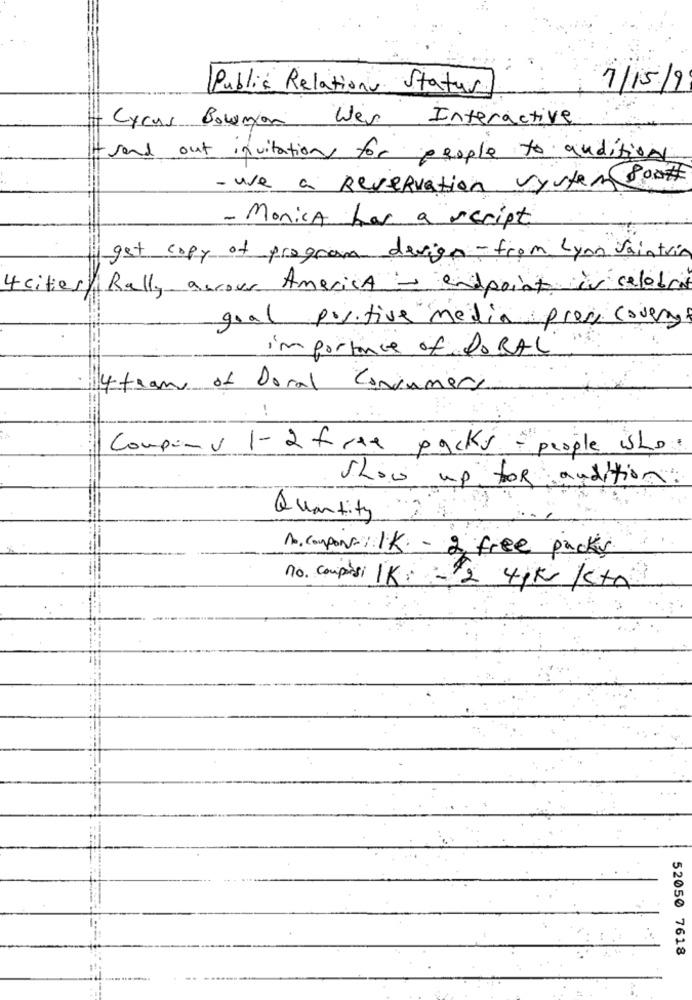
Public Relations Status
7/15/9
Cyrus Bowmon Wes Interactive
Itt send out invitation for people to audition
- use a Reservation system soo#
- Monica has a script
get copy of program devige- from Lyon Saintring
4 cities Rally arrow America - endpoint às celebrit
goal postive media pres coverage
importance of PoRAL
4 team of Doral Consumers
!
Company 1-2 free packs people who.
show up for audition
Quantity
1. compon IK - 2 free packs
no. comptesi | K: - 2 4pk /sta
52050 7618